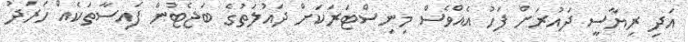
އަދި ރިޔާސީ ދައުރަށް ފަހު އެއްވެސް މިނިސްޓަރަކަށް ދައުލަތުގެ ބަޖެޓުން ފައިސާތަކެއް ހަރަދު